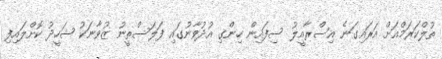
ތުލްކަރަމްއަށް އަރައިގަނެ އިސްރާއީލު ސިފައިން ހިންގި އުދުވާނުގައި ފަލަސްތީނު ޒުވާނަކު ޝަހީދު ކޮށްލައިފި